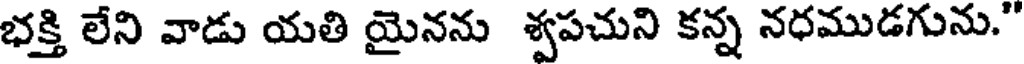
భక్తి లేని వాడు యతి యైనను శ్వపచుని కన్న నధముడగును."